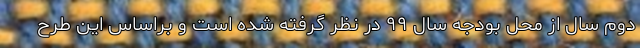
دوم سال از محل بودجه سال ۹۹ در نظر گرفته شده است و براساس این طرح